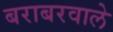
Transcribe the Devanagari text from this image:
बराबरवाले